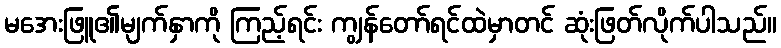
မအေးဖြူ၏မျက်နှာကို ကြည့်ရင်း ကျွန်တော်ရင်ထဲမှာတင် ဆုံးဖြတ်လိုက်ပါသည်။